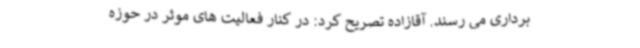
برداری می رسند. آقازاده تصریح کرد: در کنار فعالیت های موثر در حوزه